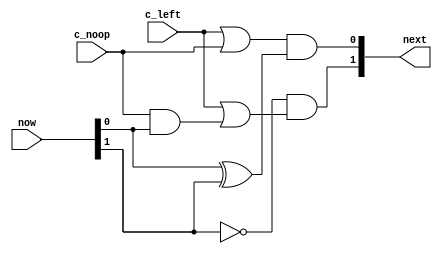
module state_transition (input [1:0] now, input c_left, input c_noop, output [1:0] next);
//
// 00 -(left)-> 01 -(left or noop)-> 10 -(left or noop)-> 11 --> 00 (== next[0] next[1])
// Goes to 00 otherwise.
//
assign next[0] = (c_left | c_noop) & (now[0] ^ now[1]);
// (c_left & ~now[1]) || (c_noop & now[0] & ~now[1]) simplifies to this.
assign next[1] = ~now[1] & (c_left | (c_noop & now[0]));
endmodule